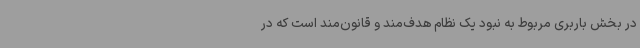
در بخش باربری مربوط به نبود یک نظام هدف‌مند و قانون‌مند است که در